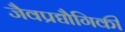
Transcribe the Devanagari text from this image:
जैवप्रद्यौगिकी